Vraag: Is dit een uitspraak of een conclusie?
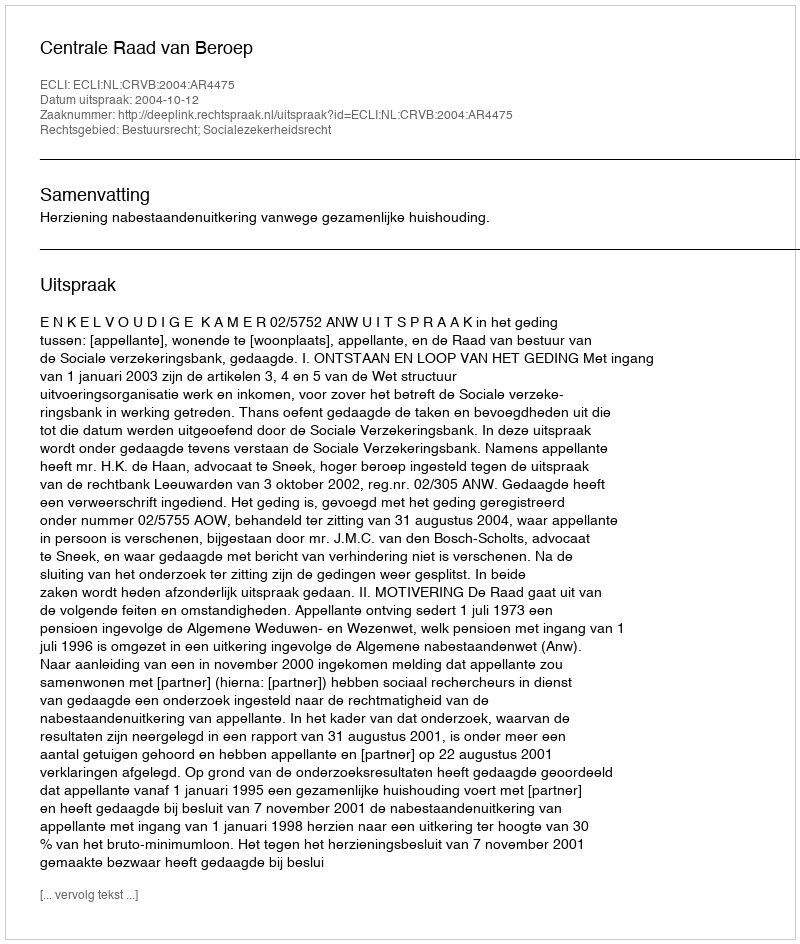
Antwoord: Uitspraak